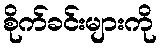
စိုက်ခင်းများကို